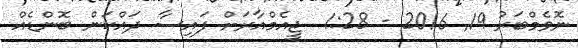
ނޮވެމްބަރު 19